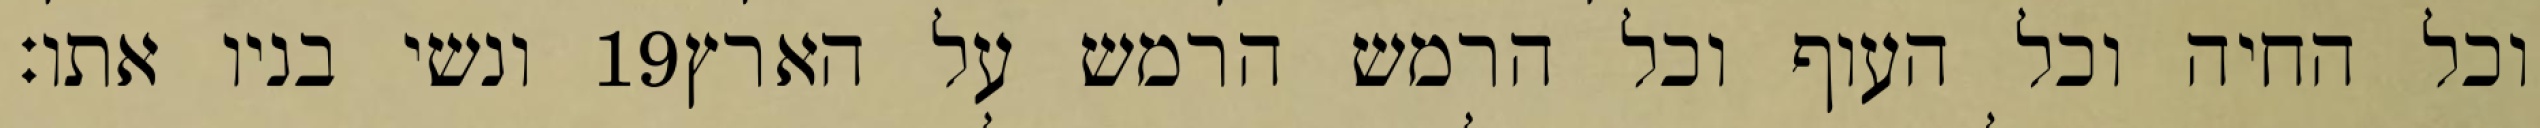
ונשי בניו אתו׃ ‎19‏ וכל החיה וכל העוף וכל הרמש הרמש על הארץ